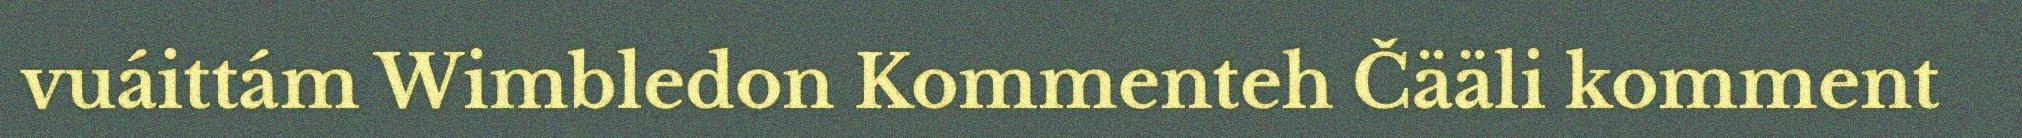
vuáittám Wimbledon Kommenteh Čääli komment